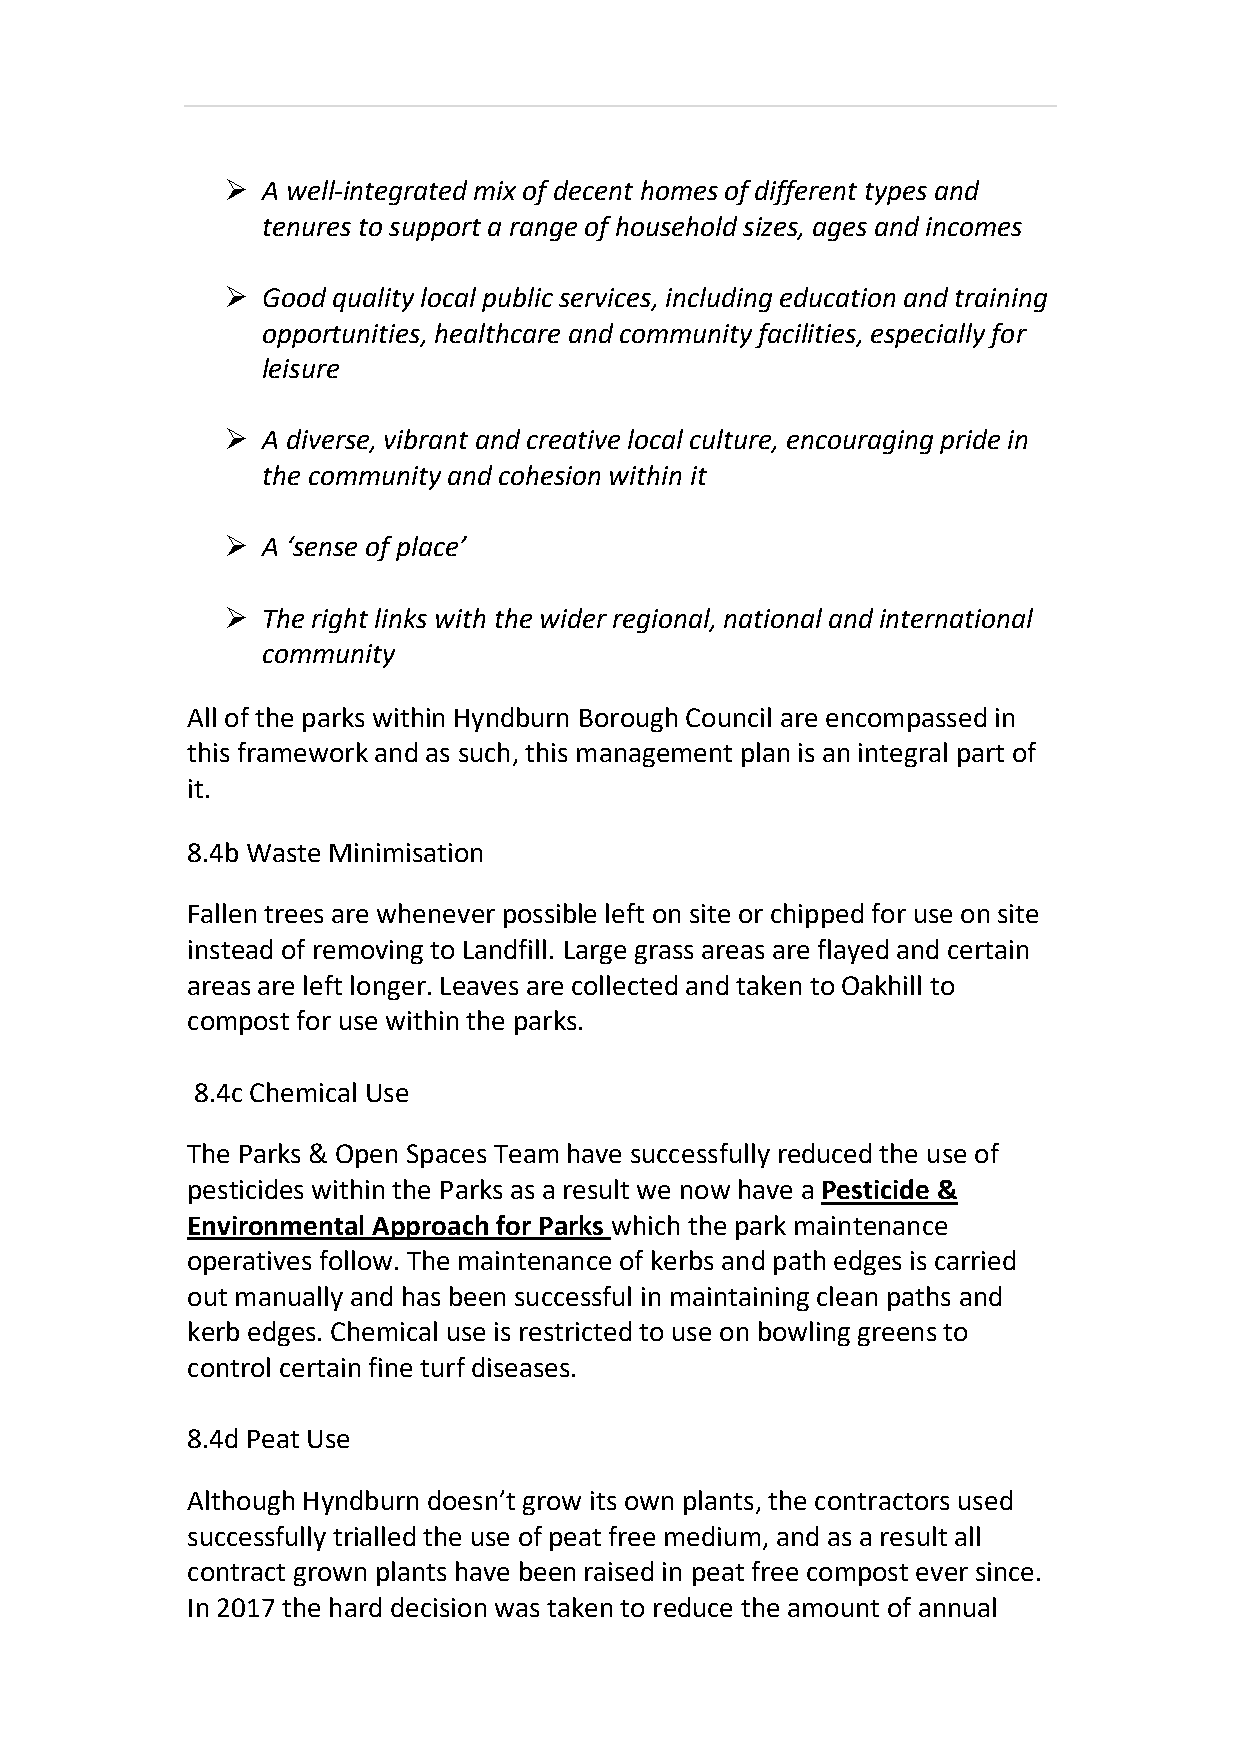
 A well-integrated mix of decent homes of different types and
 tenures to support a range of household sizes, ages and incomes
  Good quality local public services, including education and training
 opportunities, healthcare and community facilities, especially for
 leisure
  A diverse, vibrant and creative local culture, encouraging pride in
 the community and cohesion within it
  A ‘sense of place’
  The right links with the wider regional, national and international
 community
 All of the parks within Hyndburn Borough Council are encompassed in
 this framework and as such, this management plan is an integral part of
 it.
 8.4b Waste Minimisation
 Fallen trees are whenever possible left on site or chipped for use on site
 instead of removing to Landfill. Large grass areas are flayed and certain
 areas are left longer. Leaves are collected and taken to Oakhill to
 compost for use within the parks.
 8.4c Chemical Use
 The Parks & Open Spaces Team have successfully reduced the use of
 pesticides within the Parks as a result we now have a Pesticide &
 Environmental Approach for Parks which the park maintenance
 operatives follow. The maintenance of kerbs and path edges is carried
 out manually and has been successful in maintaining clean paths and
 kerb edges. Chemical use is restricted to use on bowling greens to
 control certain fine turf diseases.
 8.4d Peat Use
 Although Hyndburn doesn’t grow its own plants, the contractors used
 successfully trialled the use of peat free medium, and as a result all
 contract grown plants have been raised in peat free compost ever since.
 In 2017 the hard decision was taken to reduce the amount of annual